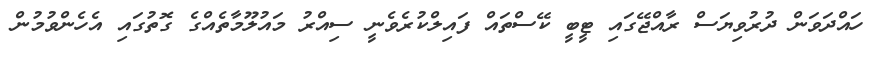
ހައްދަވަން ދުރުވިޔަސް ރާއްޖޭގައި ޓީބީ ކޭސްތައް ފައިލްކުރެވެނީ ސިއްރު މައުލޫމާތެއްގެ ގޮތުގައި އެހެންވުމުން